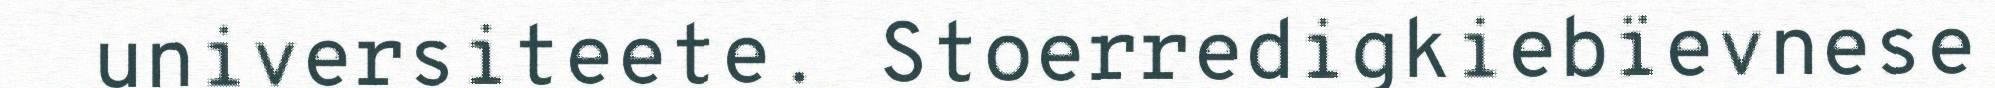
universiteete. Stoerredigkiebïevnese